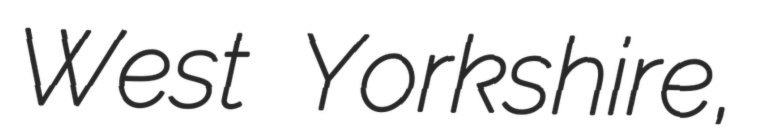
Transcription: West Yorkshire,